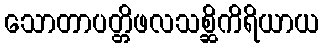
သောတာပတ္တိဖလသစ္ဆိကိရိယာယ